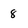
Character: 8